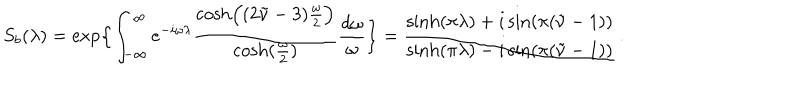
LaTeX: S _ { b } ( \lambda ) = \exp \Bigl \{ \int _ { - \infty } ^ { \infty } e ^ { - i \omega \lambda } { \frac { \cosh \Bigl ( ( 2 \tilde { \nu } - 3 ) { \frac { \omega } { 2 } } \Bigr ) } { \cosh ( { \frac { \omega } { 2 } } ) } } { \frac { d \omega } { \omega } } \Bigr \} = { \frac { \sinh ( \pi \lambda ) + i \sin ( \pi ( \tilde { \nu } - 1 ) ) } { \sinh ( \pi \lambda ) - i \sin ( \pi ( \tilde { \nu } - 1 ) ) } } \, .